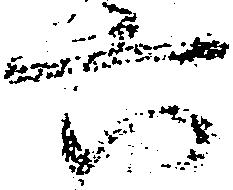
六